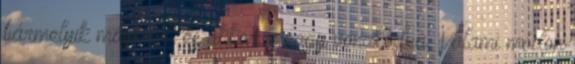
bármelyik másikról, és akkor is nagy vonakodva. Valami módon